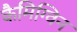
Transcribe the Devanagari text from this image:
कैमिग्विन